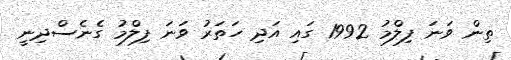
ތިން ވަނަ ފިލްމު 1992 ގައި އަދި ހަތަރު ވަނަ ފިލްމު ގެނެސްދިނީ